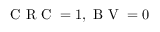
\mathrm { ~ C ~ R ~ C ~ } = 1 , \mathrm { ~ B ~ V ~ } = 0